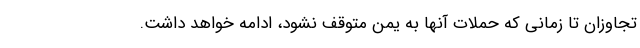
تجاوزان تا زمانی که حملات آنها به یمن متوقف نشود، ادامه خواهد داشت.